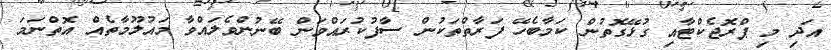
އަދި މި ޕްރޮޖެކްޓާއި ގުޅޭގޮތުން ކަމާބެހޭ ފަރާތްތަކުން ސާފުކުރައްވަން ބޭނުންވެލައްވާ މައުލޫމާތެއް އޮތްނަމަ